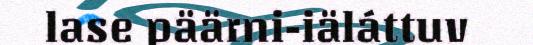
lase päärni-iäláttuv